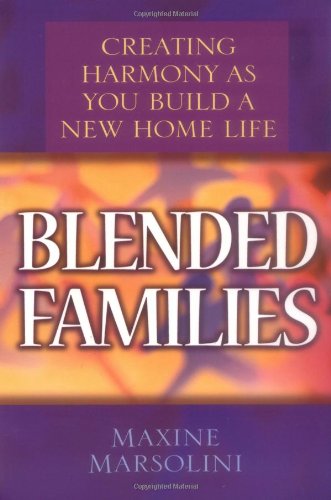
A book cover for Blended Families: Creating Harmony as You Build a New Home Life; Maxine Marsolini; Parenting & Relationships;